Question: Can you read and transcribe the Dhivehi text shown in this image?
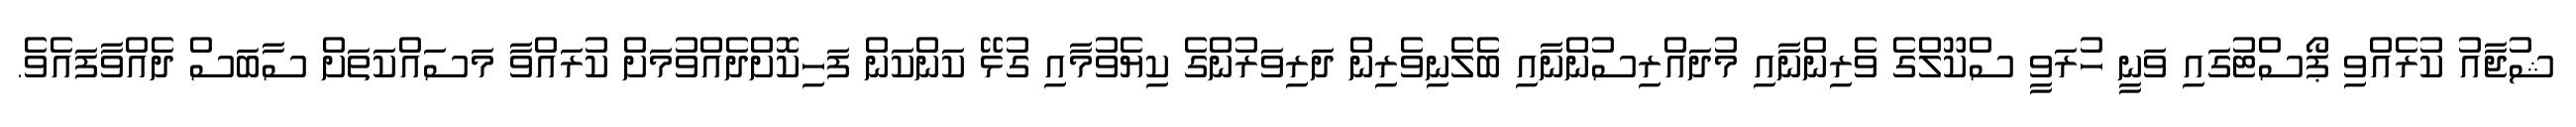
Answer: ޝުޖާއު ކުރެއްވި ޕޯސްޓުގައި ވަނީ ހުރަވީ ސްކޫލްގެ ވެރިންނާއި މުދައްރިސުންނާއި ބެލެނިވެރިން ދަރިވަރުންގެ ކިޔެވުމާއި ގުޅޭ ކަންކަން ފަހިކޮށްދެއްވުމަށް ކުރައްވާ މަސައްކަތަށް ސާބަސް ދެއްވާފައެވެ.